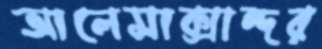
আলেসাক্সান্দর